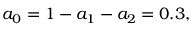
a _ { 0 } = 1 - a _ { 1 } - a _ { 2 } = 0 . 3 ,